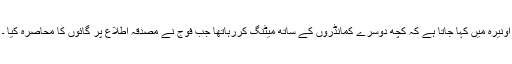
آونیرہ میں کہا جاتا ہے کہ کچھ دوسرے کمانڈروں کے ساتھ میٹنگ کررہاتھا جب فوج نے مصدقہ اطلاع پر گائوں کا محاصرہ کیا ۔